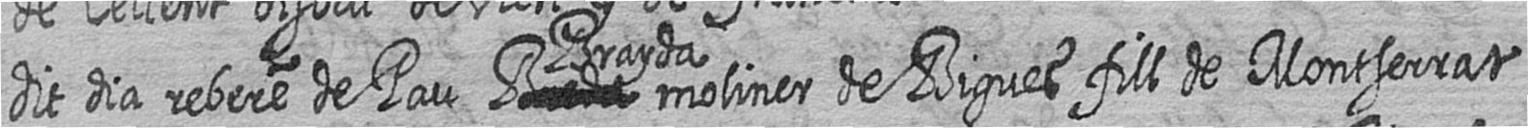
dit dia rebere de Pau # Brayda moliner de Bigues fill de Montserrat